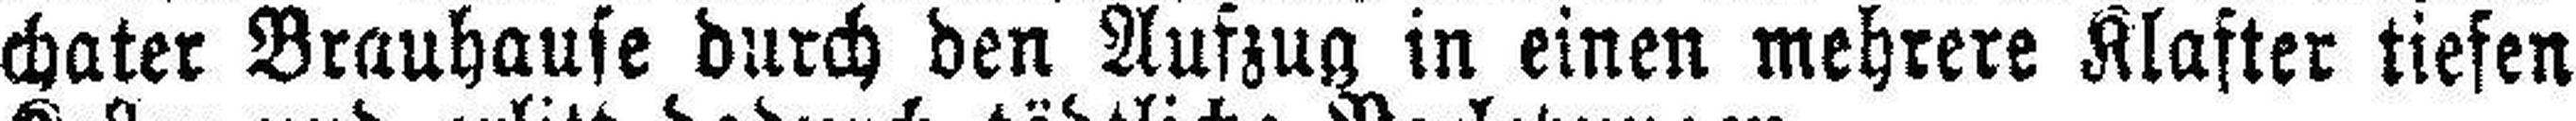
chater Brauhause durch den Auszug in einen mehrere Klafter tiefen